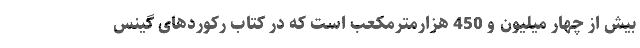
بیش از چهار میلیون و 450 هزارمترمکعب است که در کتاب رکوردهای گینس